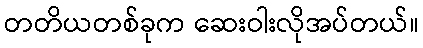
တတိယတစ်ခုက ဆေးဝါးလိုအပ်တယ်။